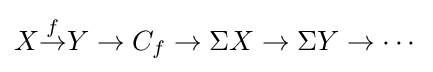
X{\overset {f}{\to }}Y\to C_{f}\to \Sigma X\to \Sigma Y\to \cdots